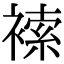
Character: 𧛻